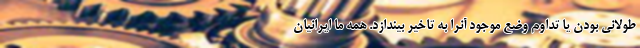
طولانی بودن یا تداوم وضع موجود آنرا به تاخیر بیندازد. همه ما ایرانیان